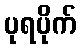
ပုရပိုက်